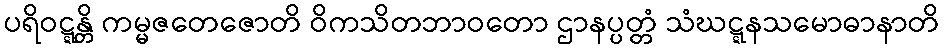
ပရိဝဋ္ဋန္တိ ကမ္မဇတေဇောတိ ဝိကသိတဘာဝတော ဌာနပ္ပတ္တံ သံဃဋ္ဋနသမောဓာနာတိ